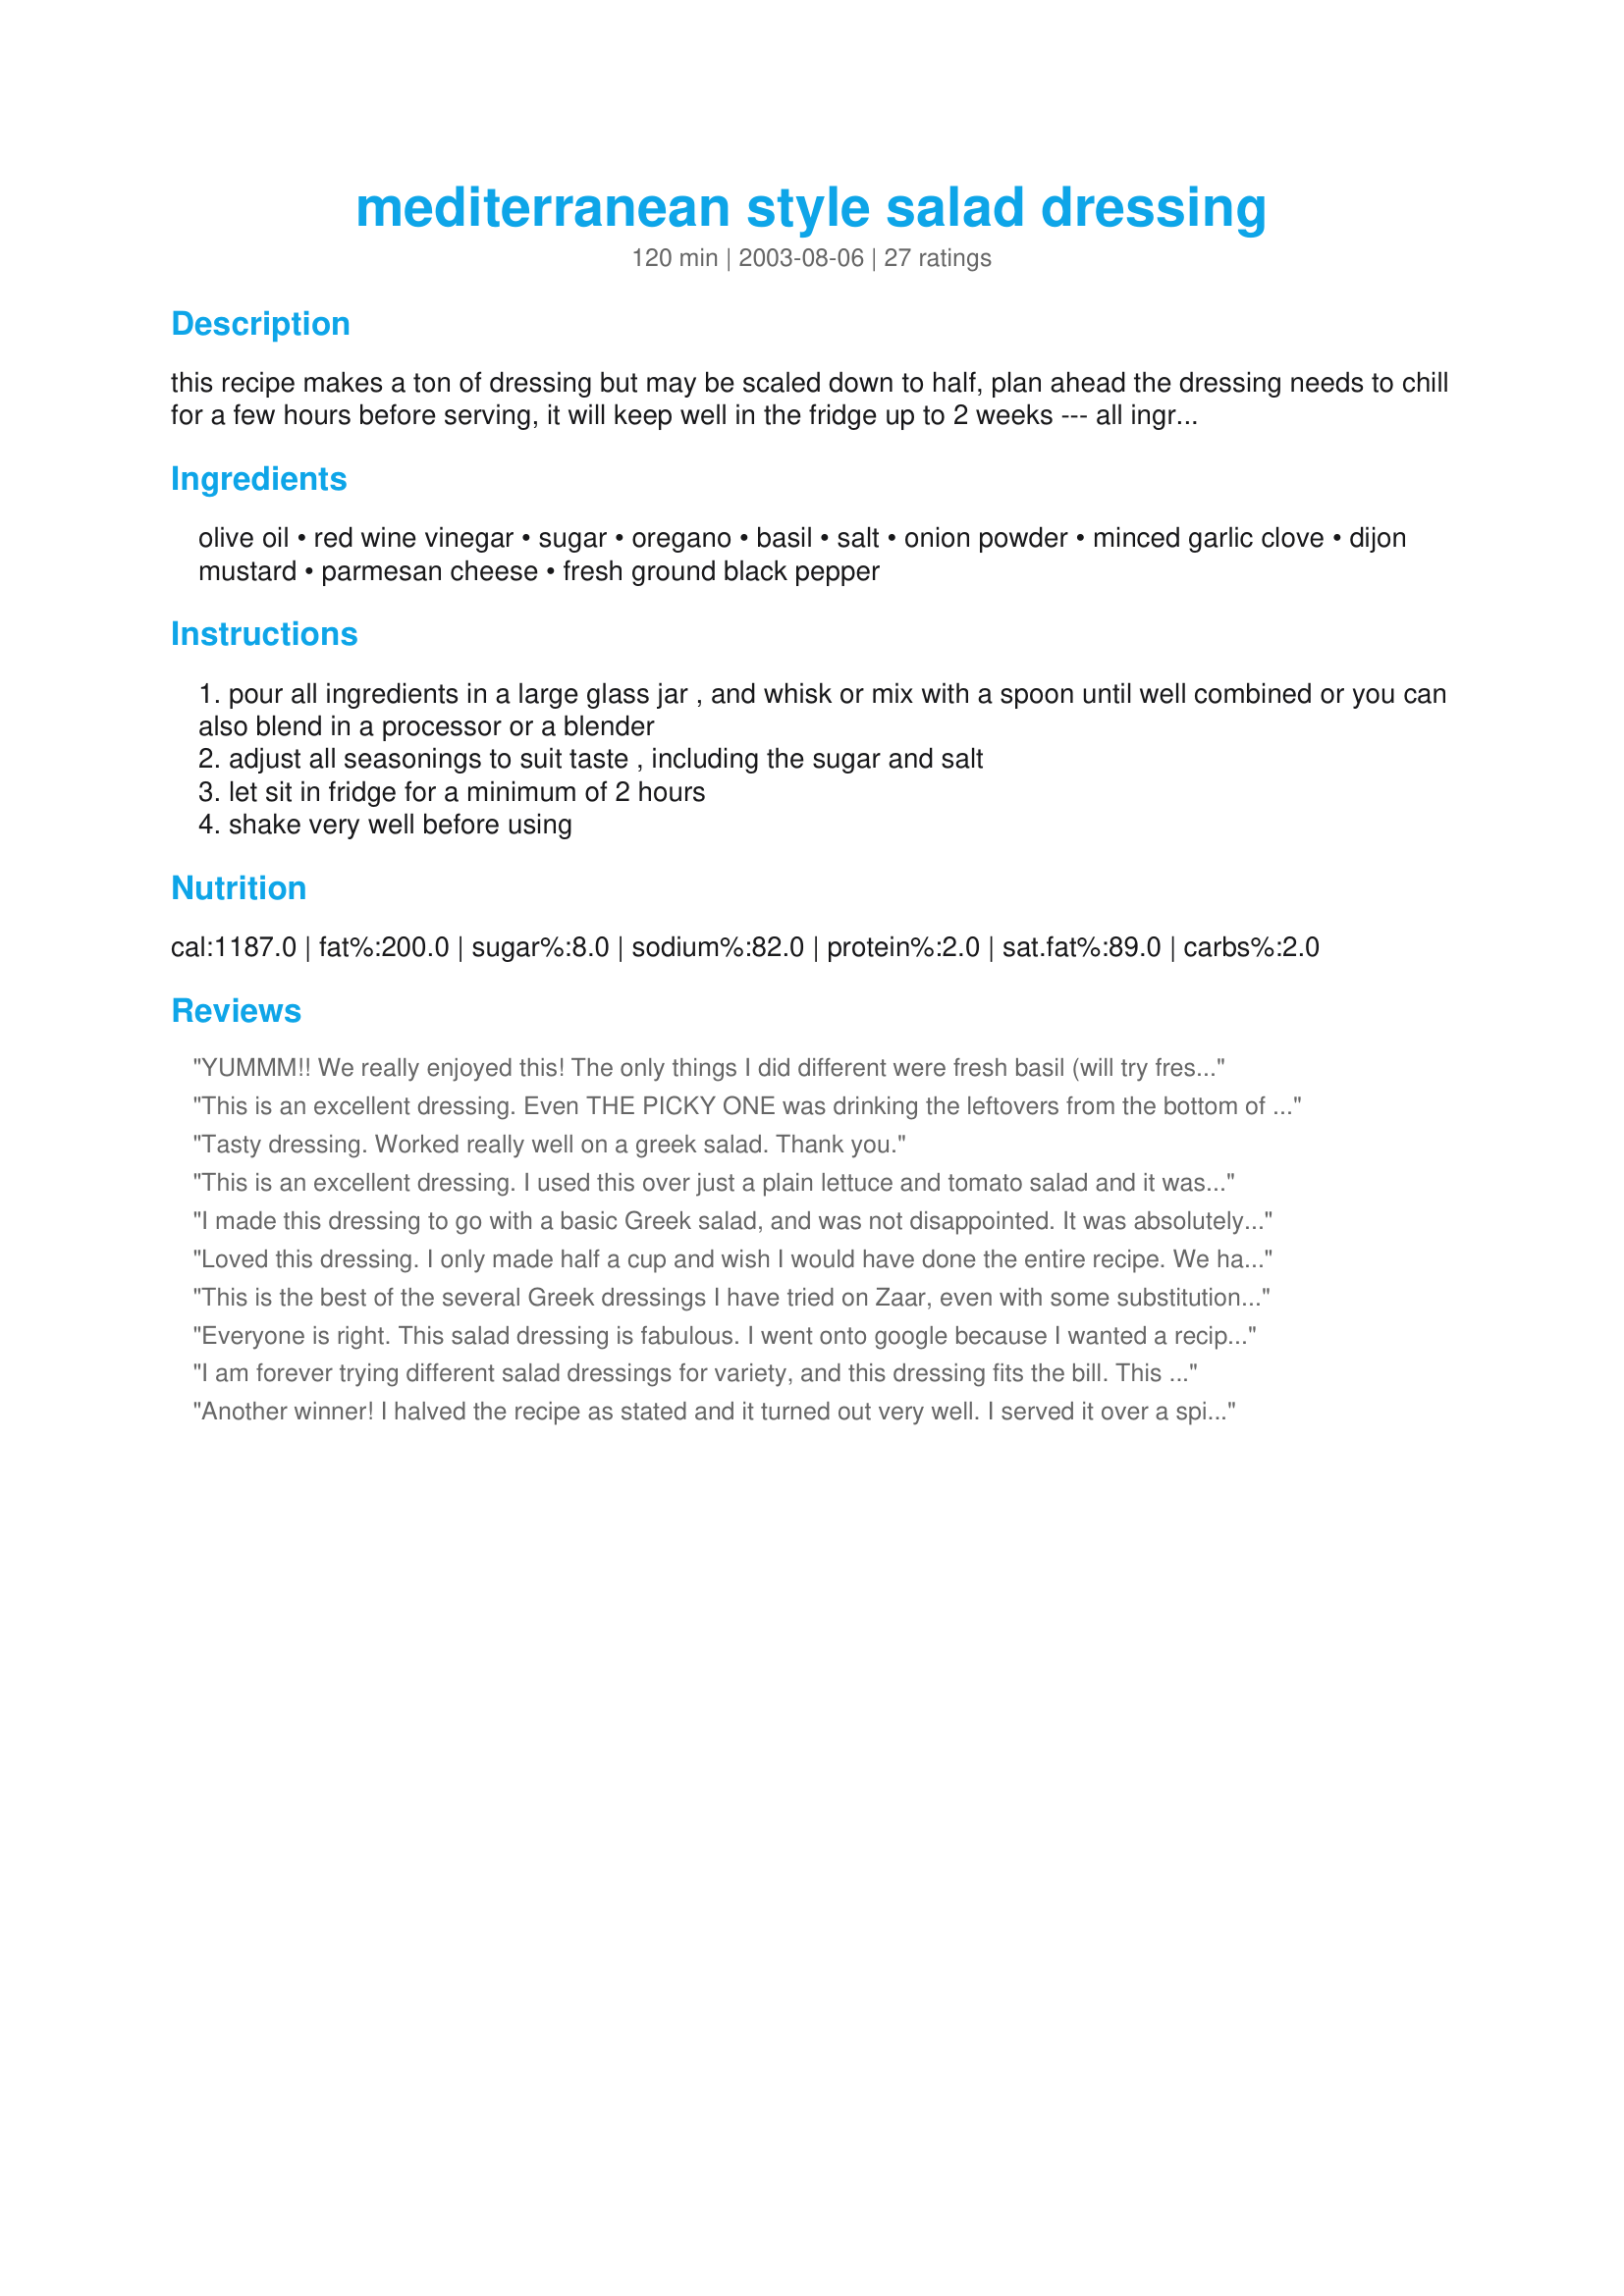
mediterranean style salad dressing
Preparation time: 120 minutes

this recipe makes a ton of dressing but may be scaled down to half, plan ahead the dressing needs to chill for a few hours before serving, it will keep well in the fridge up to 2 weeks --- all ingredients may be adjusted to taste --- also see my recipe #66596

Ingredients:
olive oil, red wine vinegar, sugar, oregano, basil, salt, onion powder, minced garlic clove, dijon mustard, parmesan cheese, fresh ground black pepper

Steps:
pour all ingredients in a large glass jar , and whisk or mix with a spoon until well combined or you can also blend in a processor or a blender
adjust all seasonings to suit taste , including the sugar and salt
let sit in fridge for a minimum of 2 hours
shake very well before using

Reviews:
YUMMM!! We really enjoyed this! The only things I did different were fresh basil (will try fresh oregano, too, once the herb garden gets a little bigger!). When I make dressings, I also make a thickened solution with water and cornstarch, then sub it completely for oil. Makes most dressing virtually fat free and works great! My hubby really enjoyed this and said I can definitely make again. Thanks so much for sharing!! :O)
This is an excellent dressing. Even THE PICKY ONE was drinking the leftovers from the bottom of the salad bowl, lol. What more can I say except thank you!
Tasty dressing. Worked really well on a greek salad. Thank you.
This is an excellent dressing. I used this over just a plain lettuce and tomato salad and it was great. Can't wait to try it on a real Greek salad. Thanks Kitz
I made this dressing to go with a basic Greek salad, and was not disappointed. It was absolutely wonderful! Instead of the oregano, I used a greek herb blend, and some dried lemon zezt I had on hand (although it was great without it). Do use the parmesan if possible, I think it makes it even better! Thanks Kittencal! I had lost my old recipe and this was perfect!

Loved this dressing. I only made half a cup and wish I would have done the entire recipe. We had it with Recipe #253211 and went great. Will be making the entire recipe next time as it will go with many other choices.
This is the best of the several Greek dressings I have tried on Zaar, even with some substitutions that I wouldn't recommend (white vinegar for red wine, etc.). Great dressing! I scaled it down 1/3 (1 cup olive oil, 1/2 cup vinegar, etc.) and it made plenty for normal home use. Thanks Kittencal!
Everyone is right. This salad dressing is fabulous. I went onto google because I wanted a recipie for a mediterranean salad dressing and stumbled upon this web page for the recipie and loved it. I did not use exact measurements and I added lemon juice because I love the extra tartness in this type of salad dressing, but I truly enjoyed the combination of the spices and ingredients. I definitely will be using this recipie again. Thank you so much.
I am forever trying different salad dressings for variety, and this dressing fits the bill. This comes close to our favorite greek joint, without being to sweet. The garlic was just right, and other then using splenda instead of the sugar, I followed this to the tee. I whizzed this up in my Magic Bullet, and let the flavors develop this afternoon for use in our salad tonight. Will certainly keep on my salad dressing recipes.
Another winner! I halved the recipe as stated and it turned out very well. I served it over a spinach salad. The rest I'm using today to marinate some chicken legs that I'll be grilling later on today for dinner.
This salad dressing is wonderful. I've never found a bottled Greek dressing that I like, and now I don't have to look anymore. Thanks for posting this one.
This is very good!
I am greek and appreciate any good recipes that take me back to my Yia Yia's house=)
I definitly added the parm. cheese and highly recomend that to all.
I started out with a lil' ol' mason jar....BIG MESS.
Need a MUCH LARGER Glass Jar.
Thanks a bunch
A very flavorful dressing! It went very well with our pasta with pesto, on top of a redleaf salad with cucumber and feta - Delish! Thank you for posting. Made for ZWT5, for the Groovy GastroGnomes.
Absolutely fantastic, easy to make, and all the ingredients were already in the house. 5-star, all the way!
I made half a batch using the "change size" button. A nice tangy, flavorful dressing.
I made 1/4 recipe (what a math project!) since it was just for DH and I, and we still had plenty for several salad servings. It's tart and tangy, and very full flavored. The parmesan was very nice in this recipe. Tastes best the next day. Highly recommended.
I loved it! I've been looking for an "Italian Style" dressing for a while and this fits perfectly. I DID cut the recipe in half so that it would fit in a regular sized salad dressing bottle. I used regular salt rather than the seasoned salt. I also used garlic powder in place of the fresh (about 1 Teaspoon for the half recipe).

Can't wait to try your Greek Dressing!
I just pulled out my recipe for Eecipe #263831 and noticed I had not posted a review for this dressing. This is the only dressing I use on my Greek salads, and I am so very sorry I forgot to review it sooner. What isn't used can be kept in the refrigerator for future use. Totally deserving of 5*'s. Thanks for sharing!
When people ask for the recipe, it just confirms what you already know... Kittencal's recipes ROCK! This dressing has the perfect ingredients in the perfect amounts. I could lick this off the salad plate easily and with no shame. ;o) Thank you for another keeper, my friend!
A very flavorful and tangy dressing.
How long to you store this
This is wonderful, and my husband really liked it, too! I just eyeballed everything, 'cause I only wanted to make 1/2 of a cup. I tossed it with spinach, olives, mushroom, and yellow pepper. Will definitely try it again--thanks!
This is fantastic!! It's like a traditional greek salad dressing. I made the whole batch and shared it with friends!!!
Thank you!
Excellent! Great flavor with lots of herbs. I used the Parmesan. Great Kit! Thanks!
This salad dressing was absolutely incredible. I served it on baby lettuces with roma tomatoes and kalamata olives. My only regret was that I did not have any feta cheese to sprinkle on top. Not only will I keep this dressing on hand -- I will serve it at any gathering that includes a salad. I am quite sure that my guests will be equally impressed.

Thank you as always for a great recipe!!!!
Loved it! I did not use the parmeasn cheese and was still great. I used it on salad greens and on cooked broccoli. Thanks!
I love this dressing. I do add more vinegar, probably an extra 1/4 cup. I works great with a mix of balsamic and cider vinegar as well, when I don&#039;t have red wine vinegar on hand. I am asked for this recipe a lot. Thanks for a delicious and easy salad dressing!
